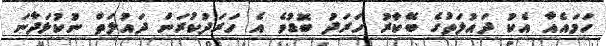
ހަމައެއާ އެކު ދައުލަތުގެ ބޭކާރު ހަރަދު ބޮޑުވެ އެ ހަރަދުކުރަން ދައުލަތް ނުކުޅަދާނަ